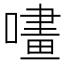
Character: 㗲